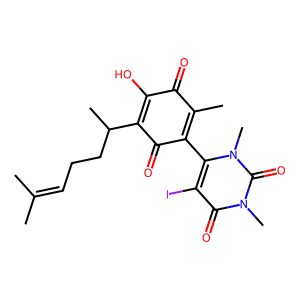
SMILES: CC(C)=CCCC(C)C1=C(O)C(=O)C(C)=C(c2c(I)c(=O)n(C)c(=O)n2C)C1=O
Inhibits HIV replication: No